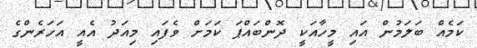
ކަމެއް ބަލަމުން އައި މީހާއަކީ ދޮންބައްޕަ ކަމަށް ވެފައި މިއަދު އެއީ އަހަރެންގެ